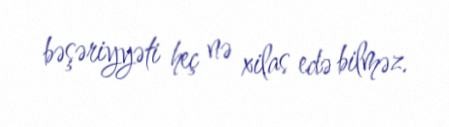
bəşəriyyəti heç nə xilas edə bilməz.